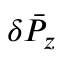
\delta { \bar { P } } _ { z }